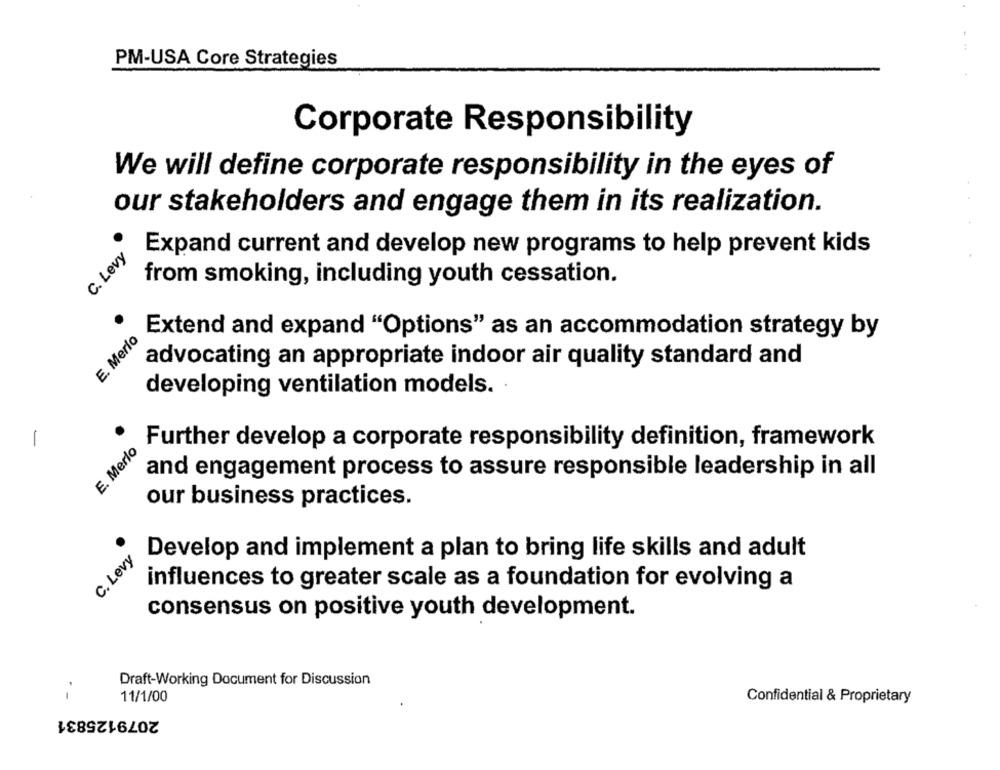
PM-USA Core Strategies
Corporate Responsibility
We will define corporate responsibility in the eyes of
our stakeholders and engage them in its realization.
C. Levy
Expand current and develop new programs to help prevent kids
from smoking, including youth cessation.
E. Merio
Extend and expand "Options" as an accommodation strategy by
advocating an appropriate indoor air quality standard and
developing ventilation models.
-
E. Merlo
Further develop a corporate responsibility definition, framework
and engagement process to assure responsible leadership in all
our business practices.
C. Levy
Develop and implement a plan to bring life skills and adult
influences to greater scale as a foundation for evolving a
consensus on positive youth development.
--
Draft-Working Document for Discussion
11/1/00
Confidential & Proprietary
2079125831